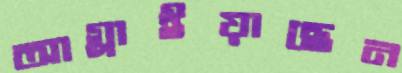
আগ্‌লাইয়াছেন